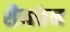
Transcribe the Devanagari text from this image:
शैमकेन